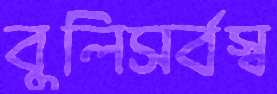
বুলিসর্বস্ব